Scottish assistants in French and German schools and colleges, 1937
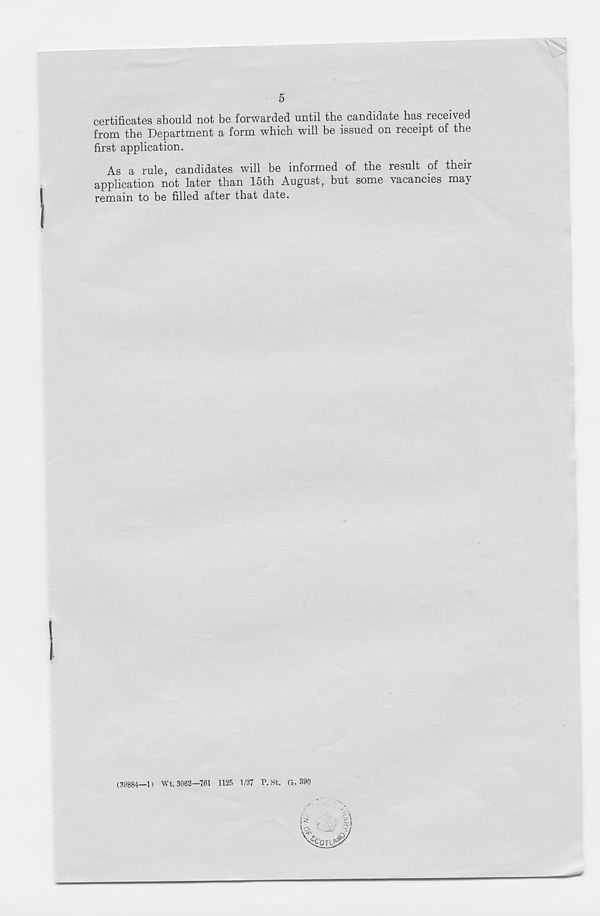
5
certificates should not be forwarded until the candidate has received
from the Department a form which will be issued on receipt of the
first application.
As a rule, candidates will be informed of the result of their
application not later than 15th August, but some vacancies ma\
remain to be filled after that date.
(39884—1) Wt. 3062—761 1125 1/37 V. St. (4.390